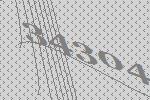
34304